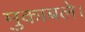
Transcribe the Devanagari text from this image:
मुकाबले।